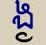
ង្ង